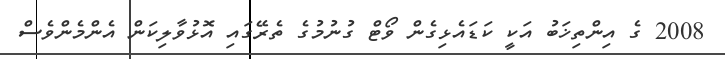
2008 ގެ އިންތިޚަބު އަކީ ކަޑައެޅިގެން ވޯޓް ގުނުމުގެ ތެރޭގައި އޮޅުވާލިކަން އެންމެންވެސް